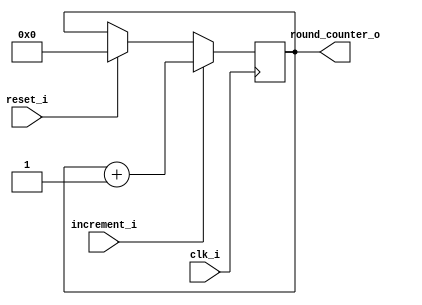
module round_counter (
	input clk_i,
	input increment_i,
	input reset_i,
	output [6:0] round_counter_o
);

reg [6:0] round_counter_d, round_counter_q;
assign round_counter_o = round_counter_q;

always @(*) begin
	if (increment_i == 1'b1)
		round_counter_d = round_counter_q + 7'd1;
	else if (reset_i == 1'b1)
		round_counter_d = 7'd0;
	else
		round_counter_d = round_counter_q;
end

always @(posedge clk_i) begin
	round_counter_q <= round_counter_d;
end

endmodule